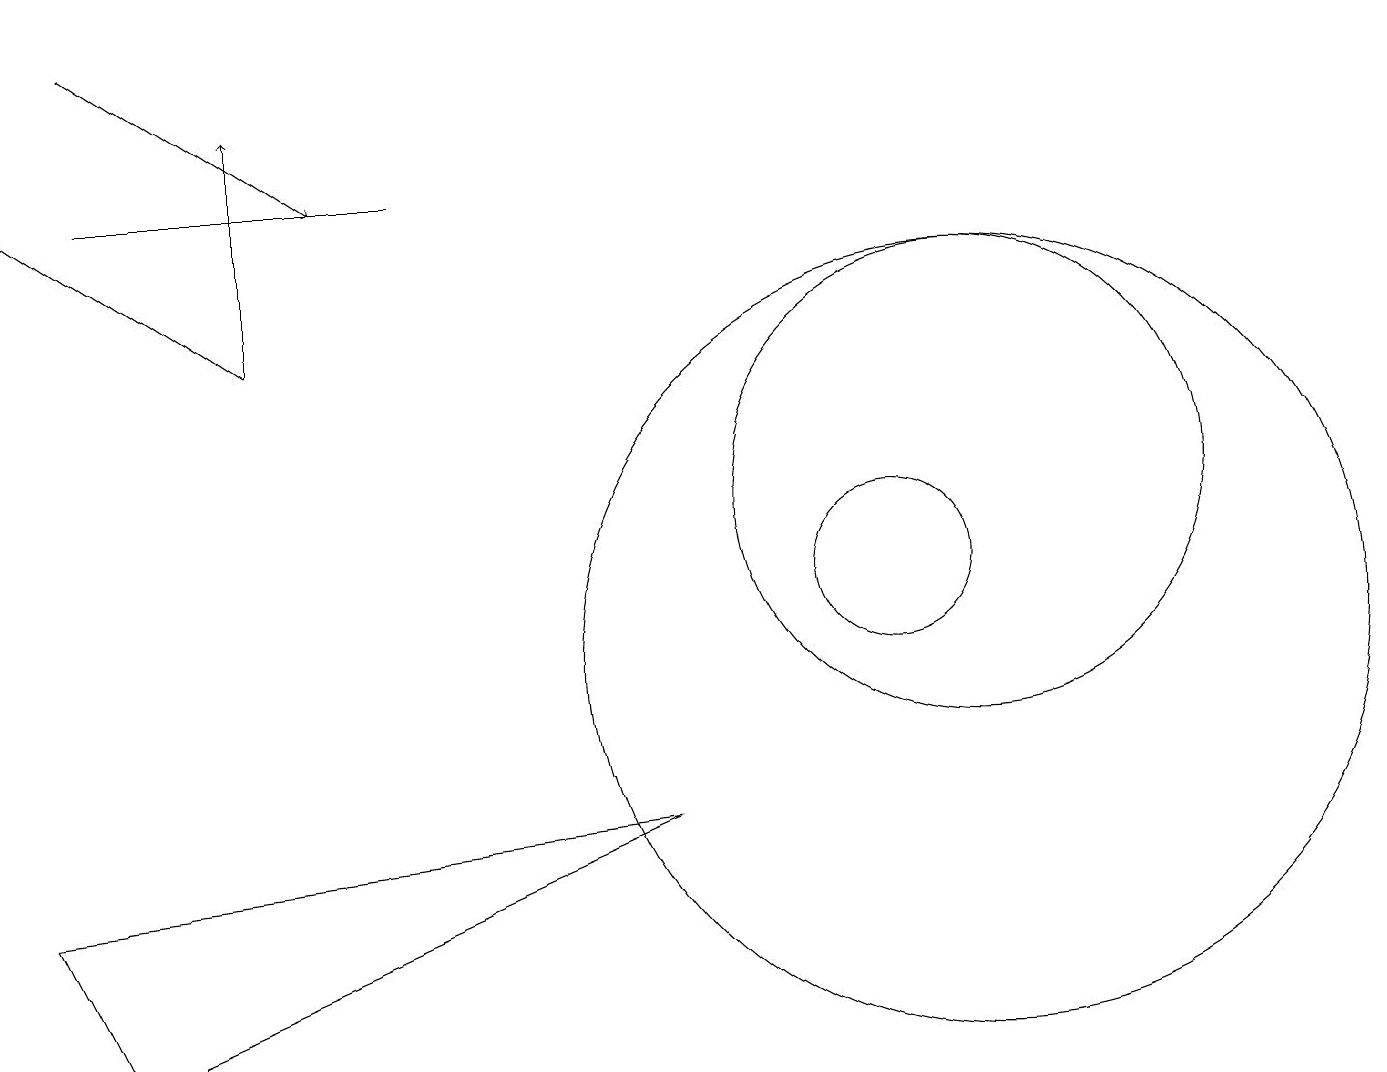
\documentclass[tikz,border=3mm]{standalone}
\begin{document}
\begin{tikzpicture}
\draw (12,10) circle (5);
\draw (12,12) circle (3);
\draw (1,16) rectangle (5,16);
\draw[->] (3,14) -- (0,16);
\draw (11,11) circle (1);
\draw[->] (3,14) -- (3,17);
\draw (8,8) -- (0,7) -- (1,5) -- cycle;
\draw[->] (1,18) -- (4,16);
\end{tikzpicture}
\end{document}